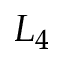
L _ { 4 }